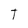
Character: T